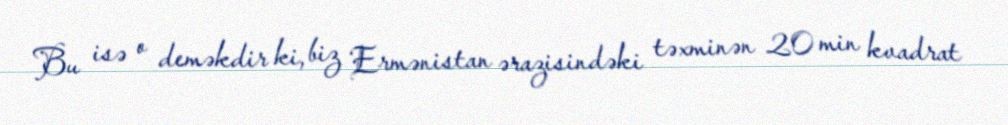
Bu isə o deməkdir ki, biz Ermənistan ərazisindəki təxminən 20 min kvadrat